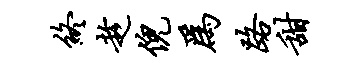
终趁倪为路甜